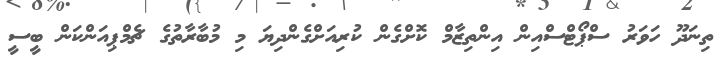
ތިނަދޫ ހަވަރު ސްޕޯޓްސްއިން އިންތިޒާމް ކޮށްގެން ކުރިއަށްގެންދިޔަ މި މުބާރާތުގެ ޗެމްޕިއަންކަން ބީސީ